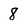
Character: 8